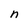
Character: n